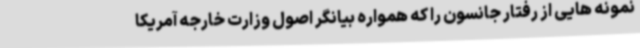
نمونه هایی از رفتار جانسون را که همواره بیانگر اصول وزارت خارجه آمریکا